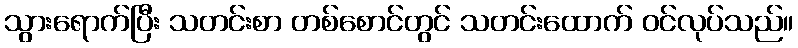
သွားရောက်ပြီး သတင်းစာ တစ်စောင်တွင် သတင်းထောက် ဝင်လုပ်သည်။